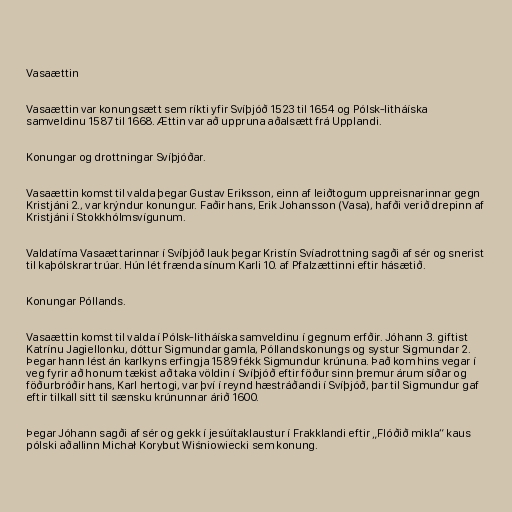
Vasaættin

Vasaættin var konungsætt sem ríkti yfir Svíþjóð 1523 til 1654 og Pólsk-litháíska
samveldinu 1587 til 1668. Ættin var að uppruna aðalsætt frá Upplandi.

Konungar og drottningar Svíþjóðar.

Vasaættin komst til valda þegar Gustav Eriksson, einn af leiðtogum uppreisnarinnar gegn
Kristjáni 2., var krýndur konungur. Faðir hans, Erik Johansson (Vasa), hafði verið drepinn af
Kristjáni í Stokkhólmsvígunum.

Valdatíma Vasaættarinnar í Svíþjóð lauk þegar Kristín Svíadrottning sagði af sér og snerist
til kaþólskrar trúar. Hún lét frænda sínum Karli 10. af Pfalzættinni eftir hásætið.

Konungar Póllands.

Vasaættin komst til valda í Pólsk-litháíska samveldinu í gegnum erfðir. Jóhann 3. giftist
Katrínu Jagiellonku, dóttur Sigmundar gamla, Póllandskonungs og systur Sigmundar 2.
Þegar hann lést án karlkyns erfingja 1589 fékk Sigmundur krúnuna. Það kom hins vegar í
veg fyrir að honum tækist að taka völdin í Svíþjóð eftir föður sinn þremur árum síðar og
föðurbróðir hans, Karl hertogi, var því í reynd hæstráðandi í Svíþjóð, þar til Sigmundur gaf
eftir tilkall sitt til sænsku krúnunnar árið 1600.

Þegar Jóhann sagði af sér og gekk í jesúítaklaustur í Frakklandi eftir „Flóðið mikla“ kaus
pólski aðallinn Michał Korybut Wiśniowiecki sem konung.